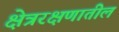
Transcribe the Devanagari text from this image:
क्षेत्ररक्षणातील